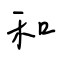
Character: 和